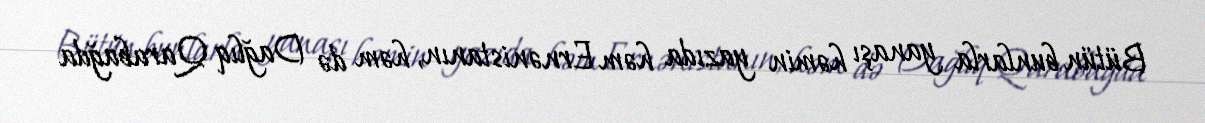
Bütün bunlarla yanaşı həmin yazıda həm Ernənistanın, həm də Dağlıq Qarabağda